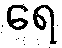
ရေ